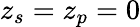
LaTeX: z_{s}=z_{p}=0